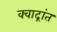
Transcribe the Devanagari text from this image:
क्वाद्रांत